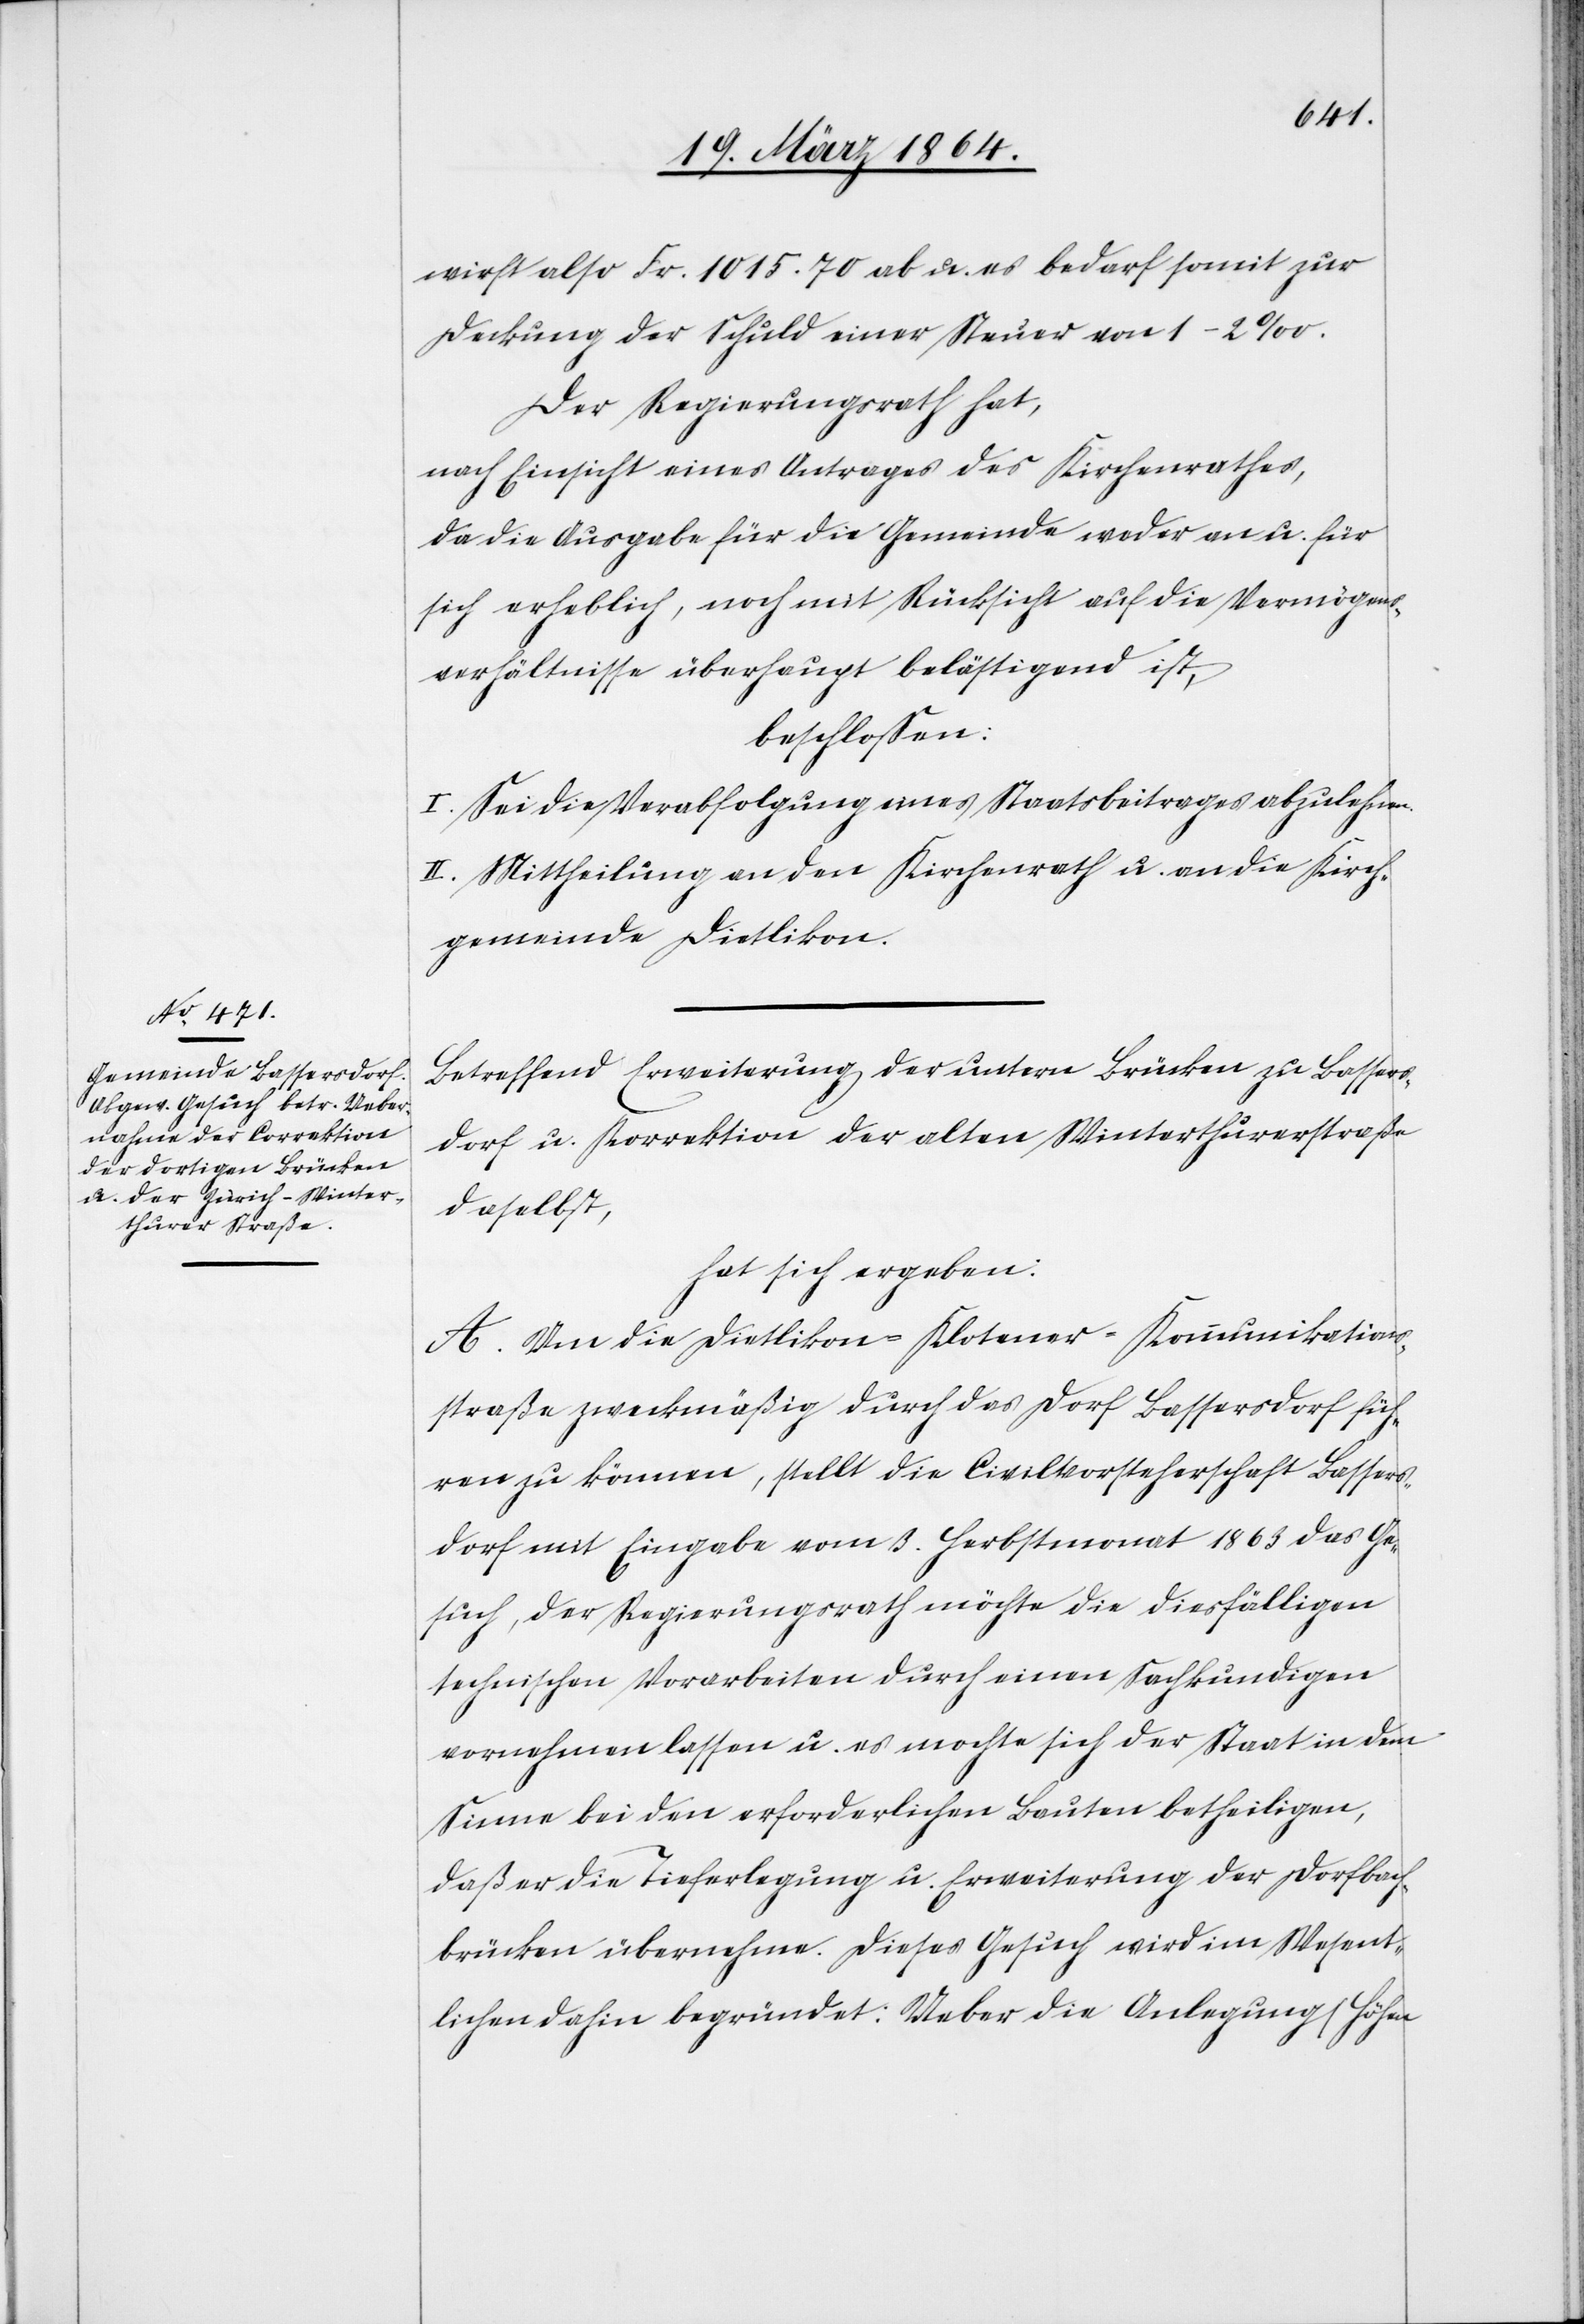
wirft also Fr. 1015.70 ab u. es bedarf somit zur
Deckung der Schuld einer Steuer von 1-2‰.
Der Regierungsrath hat,
nach Einsicht eines Antrages des Kirchenrathes,
da die Ausgabe für die Gemeinde weder an u. für
sich erheblich, noch mit Rücksicht auf die Vermögens¬
verhältnisse überhaupt belästigend ist,
beschlossen:
I. Sei die Verabfolgung eines Staatsbeitrages abzulehnen.
II. Mittheilung an den Kirchenrath u. an die Kirch¬
gemeinde Dietlikon.
Betreffend Erweiterung der untern Brücken zu Bassers¬
dorf u. Korrektion der alten Winterthurerstraße
daselbst,
hat sich ergeben:
A. Um die Dietlikon–Klotener-Kommunikations¬
straße zweckmäßig durch das Dorf Bassersdorf füh¬
ren zu können, stellt die Civilvorsteherschaft Bassers¬
dorf mit Eingabe vom 3. Herbstmonat 1863 das Ge¬
such, der Regierungsrath möchte die diesfälligen
technischen Vorarbeiten durch einen Sachkundigen
vornehmen lassen u. es mochte [sic!] sich der Staat in dem
Sinne bei den erforderlichen Bauten betheiligen,
daß er die Tieferlegung u. Erweiterung der Dorfbach¬
brücken übernehme. Dieses Gesuch wird im Wesent¬
lichen dahin begründet: Ueber die Anlegung (Höhen-